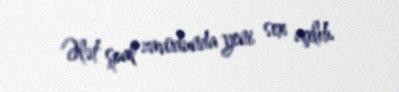
Ələt şpal zavodunda yeni sex açılıb.